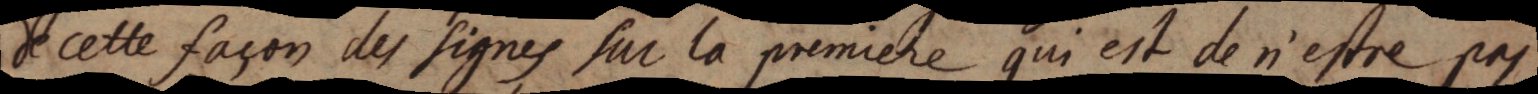
de cette façon des signes sur la premiere qui est de n’estre pas